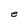
Character: e